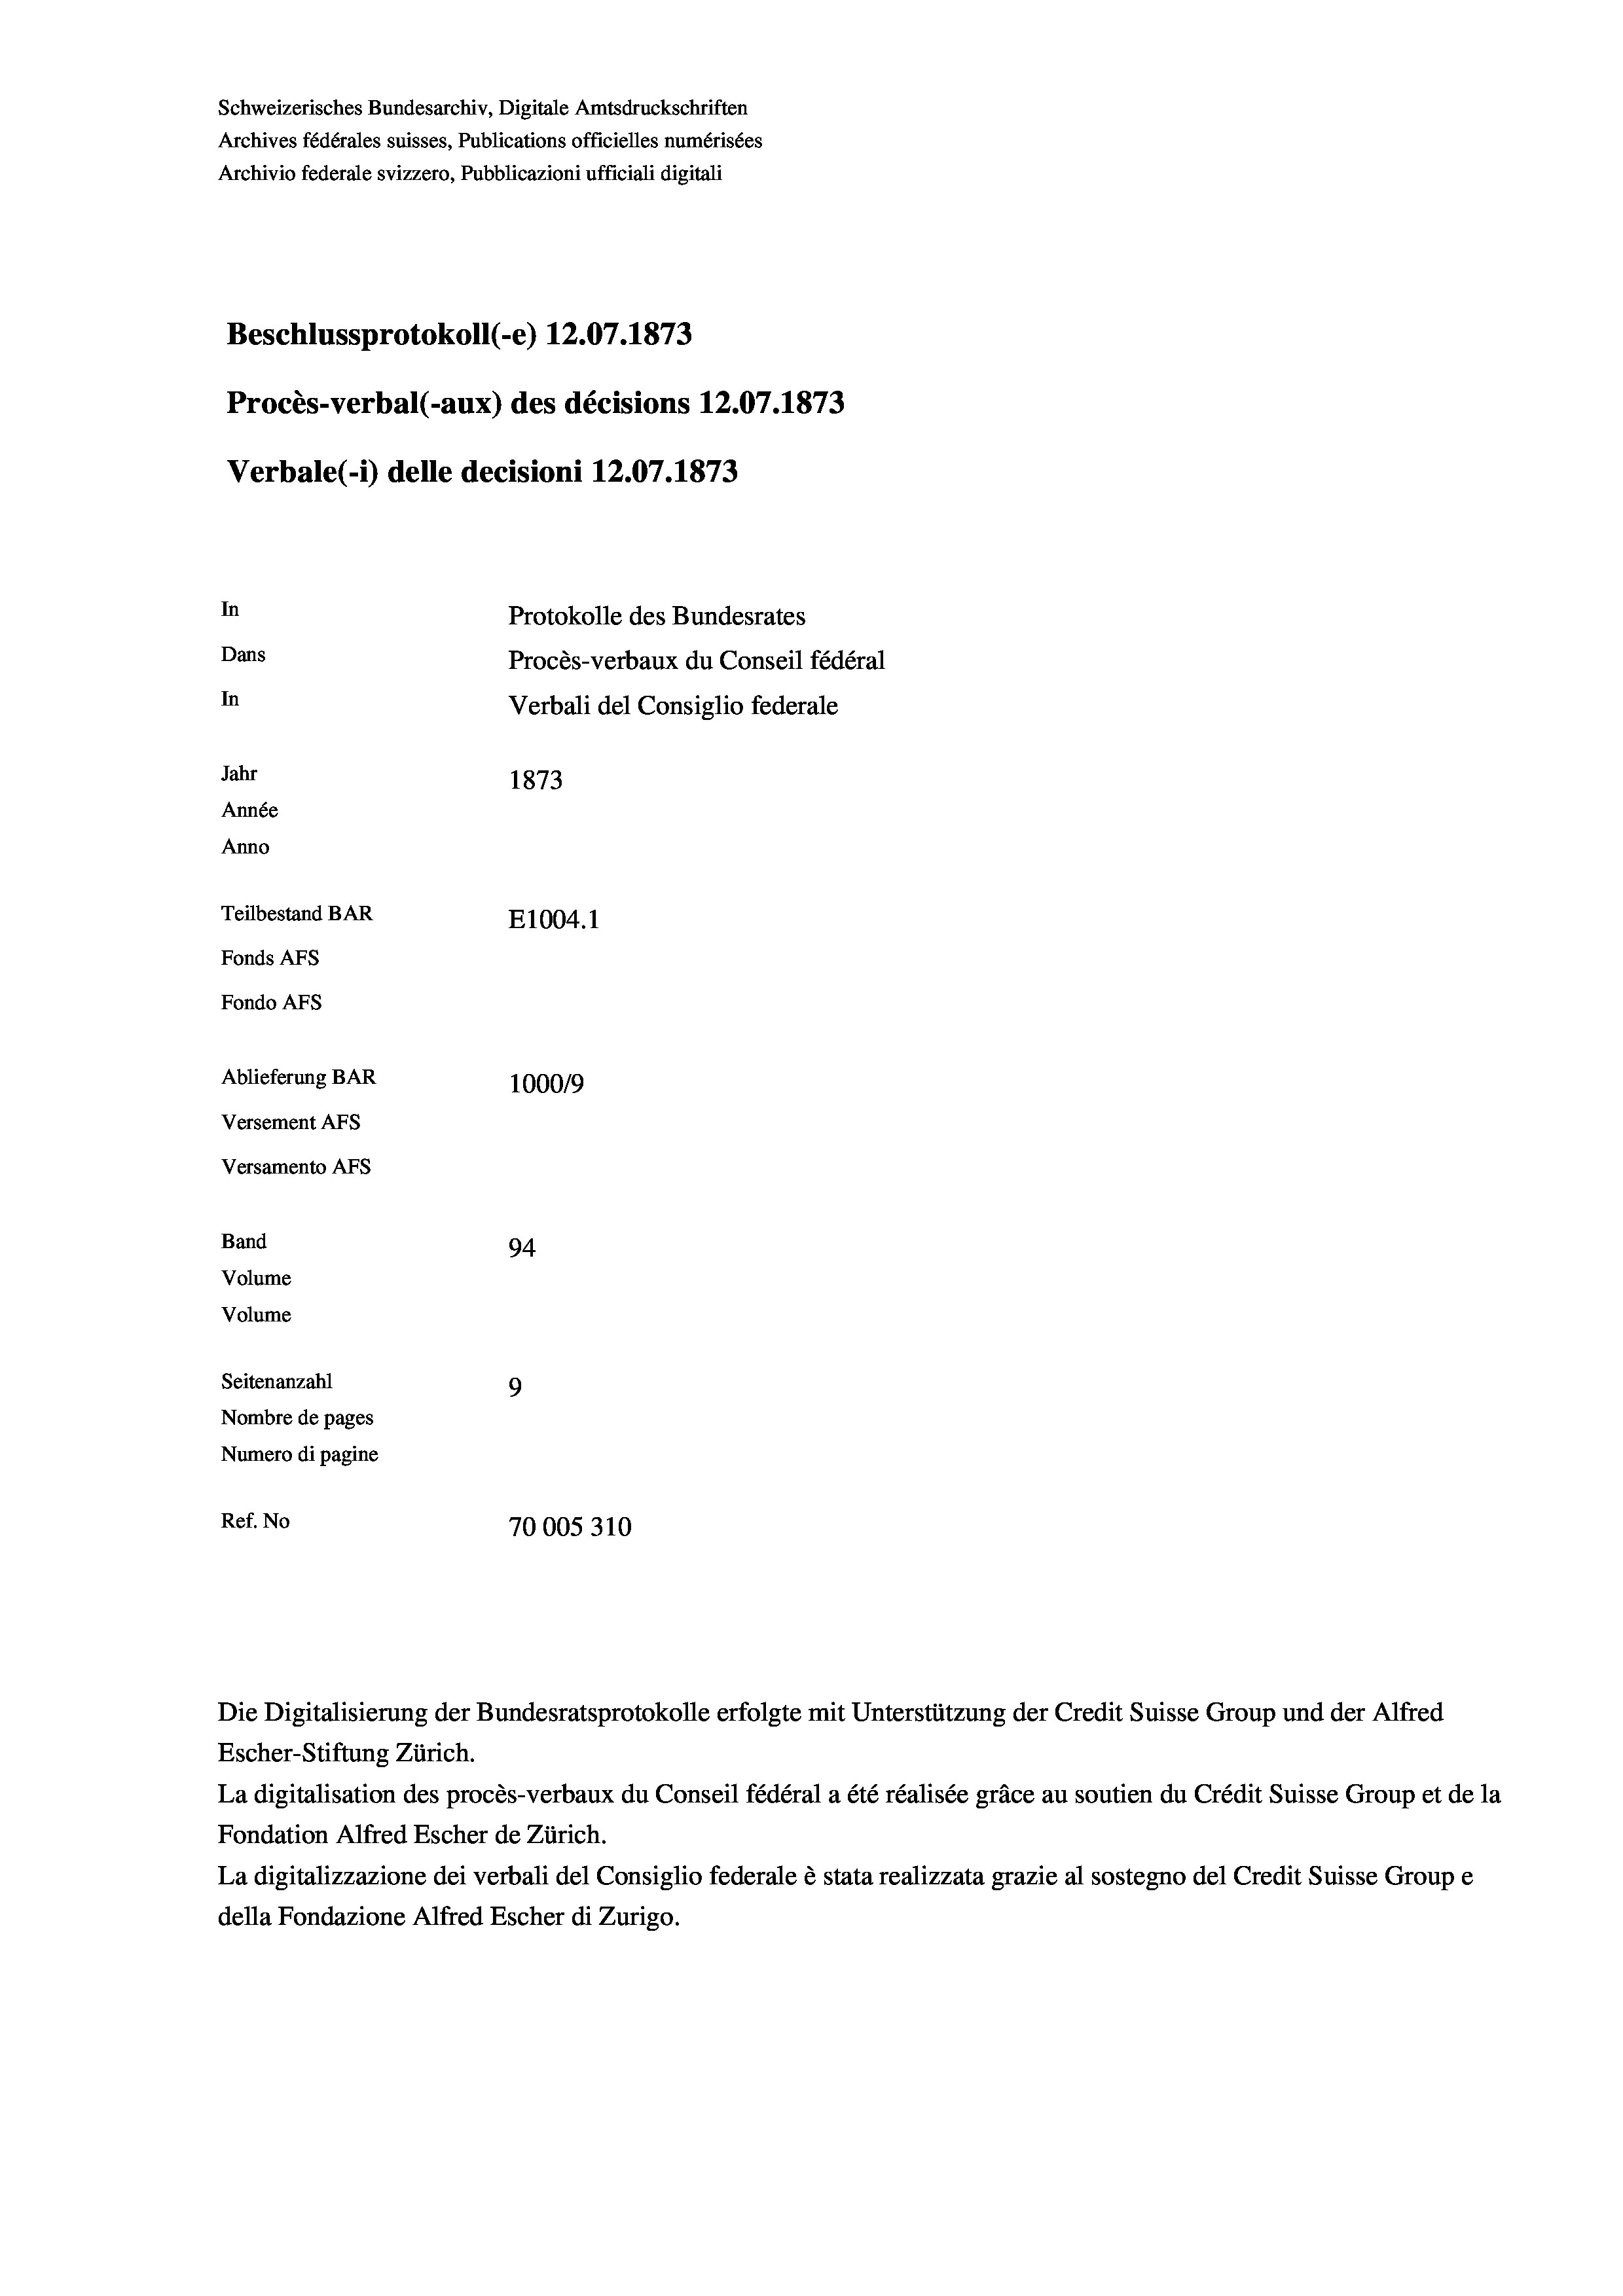
Schweizerisches Bundesarchiv, Digitale Amtsdruckschriften
Archives fédérales suisses, Publications officielles numérisées
Archivio federale svizzero, Pubblicazioni ufficiali digitali
Beschlussprotokoll (-e) 12.07. 1873
Procès-verbal (-aux) des décisions 12.07. 1873
Verbale (1) delle decisioni 12.07. 1873
In
Protokolle des Bundesrates
Dans
Procès-verbaux du Conseil fédéral
In
Verbali del Consiglio federale
Jahr
1873
Année
Anno
Teilbestand BAR
E1004.1
Fonds AFs
Fondo AFs
Ablieferung BAR
100019
Versement Abs
Versamento Afs
Band
94
Volume
Volume
Seitenanzahl
9
Nombre de pages
Numero di pagine
Ref. No
70005310

La digitalisation des procès-verbaux du Conseil fédéral a été réalisée gräce au soutien du Crédit Suisse Group et de la
Fondation Alfred Escher de Zürich.
La digitalizzazione dei verbali del Consiglio federale è stata realizzata grazie al sostegno del Credit Suisse Groupe
della Fondazione Alfred Escher di Zurigo.

Die Digitalisierung der Bundesratsprotokolle erfolgte mit Unterstützung der Credit Suisse Group und der Alfred
Escher-Stiftung Zürich.